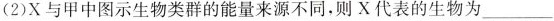
(2)X与甲中图示生物类群的能量来源不同，则X代表的生物为___。